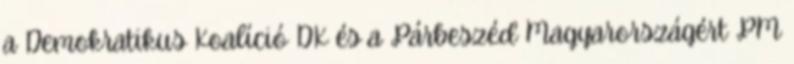
a Demokratikus Koalíció DK és a Párbeszéd Magyarországért PM